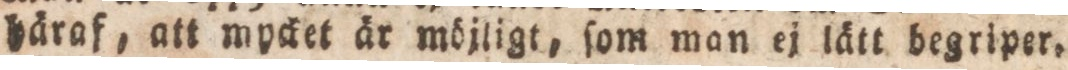
häraf, att mycket är möjligt, ſom man ej lätt begriper.